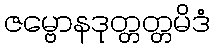
ဇမ္ဗောနဒုတ္တတ္တမိဒံ